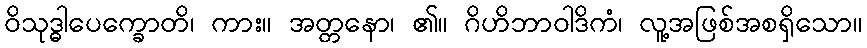
ဝိသုဒ္ဓါပေက္ခောတိ၊ ကား။ အတ္တနော၊ ၏။ ဂိဟိဘာဝါဒိကံ၊ လူ့အဖြစ်အစရှိသော။